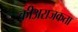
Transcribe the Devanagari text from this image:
कीअराजकता